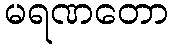
မရဏတော